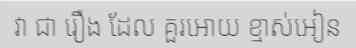
វា ជា រឿង ដែល គួរអោយ ខ្មាស់អៀន